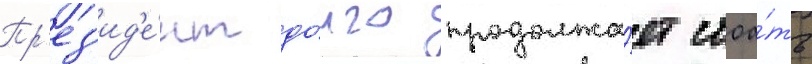
Пр'ез'ид'е́нт до́лго продолжа́ет стоа́ть